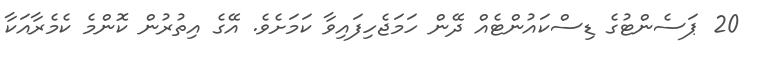
20 ޕަސެންޓުގެ ޑިސްކައުންޓެއް ދޭން ހަމަޖެހިފައިވާ ކަމަށެވެ. އޭގެ އިތުރުން ކޮންމެ ކެމެރާއަކާ